Reports on military cantonments and civil stations in the Presidency of Bombay inspected by the Sanitary Commissioner in the years 1875 and 1876
Year: 1875
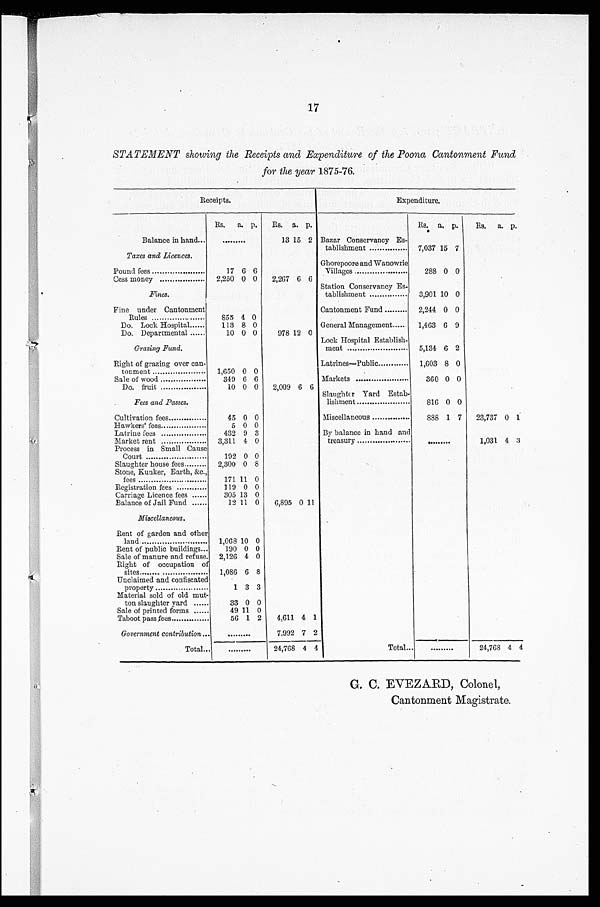
17
STATEMENT showing the Receipts and Expenditure of the Poona Cantonment Fund
for the year 1875-76.
Receipts.
E x p e n d i t u r e .
Rs.
a. p.
Rs. a. p.
Rs. a. p.
Rs.
a. p.
Balance in hand...
. . . . . . . .
13 15 2 Bazar Conservancy Es-
tablishment
. . . . . . . . . . . . . . . . . . . 7,037 15 7
Taxes and Licences.
Pound fees
17 6 6
Ghorepoore and Wanowrie
Villages
288 0 0
Cess money
2,250 0 0
2,267 6 6
Fines.
Station Conservancy Es-
tablishment
3,901 10 0
Fine under Cantonment
Rules
855 4 0
Cantonment Fund
2,244 0 0
Do. Lock Hospital......
113 8 0
General Management
1,463 6 9
Do. Departmental......
10 0 0
978 12 0
Grazing Fund.
Lock Hospital Establish-
meat
5,134 6 2
Right of grazing over can-
tonment
1,650 0 0
Latrines—Public
1,603 8 0
Sale of wood
349 6 6
Markets
360 0 0
Do. fruit
10 0 0
2,009 6 6
Fees and Passes.
Slaughter Yard Estab-
lishment
816 0 0
Cultivation fees
45 0 0
Miscellaneous
888 1 7
23,737 0 1
Hawkers' fees.
5 0 0
Latrine fees
432 9 3
By balance in hand and
Market rent
3,311 4 0
treasury
. . . . . . . . . .
1,031 4 3
Process in Small Cause
Court
192 0 0
Slaughter house fees
2,300 0 8
Stone, Bunker, Earth, &c.,
fees
171 11 0
Registration fees
119 0 0
Carriage Licence fees
305 13 0
Balance of Jail Fund
12 11 0
6,895 0 11
Miscellaneous.
Rent of garden and other
land
1,068 10 0
Rent of public buildings
190 0 0
Sale of manure and refuse.
2,126 4 0
Right of occupation of
sites
1,086 6 8
Unclaimed and confiscated
property
1 3 3
Material sold of old mut-
ton slaughter yard
33 0 0
Sale of printed forms
49 11 0
Taboot pass fees
56 1 2
4,611 4 1
Government contribution
. . . . . . . . .
7,992 7 2
Total
24,768 4 4
Total...
. . . . . . . . . 24,768 4 4
G. C. EVEZARD, Colonel,
Cantonment Magistrate.